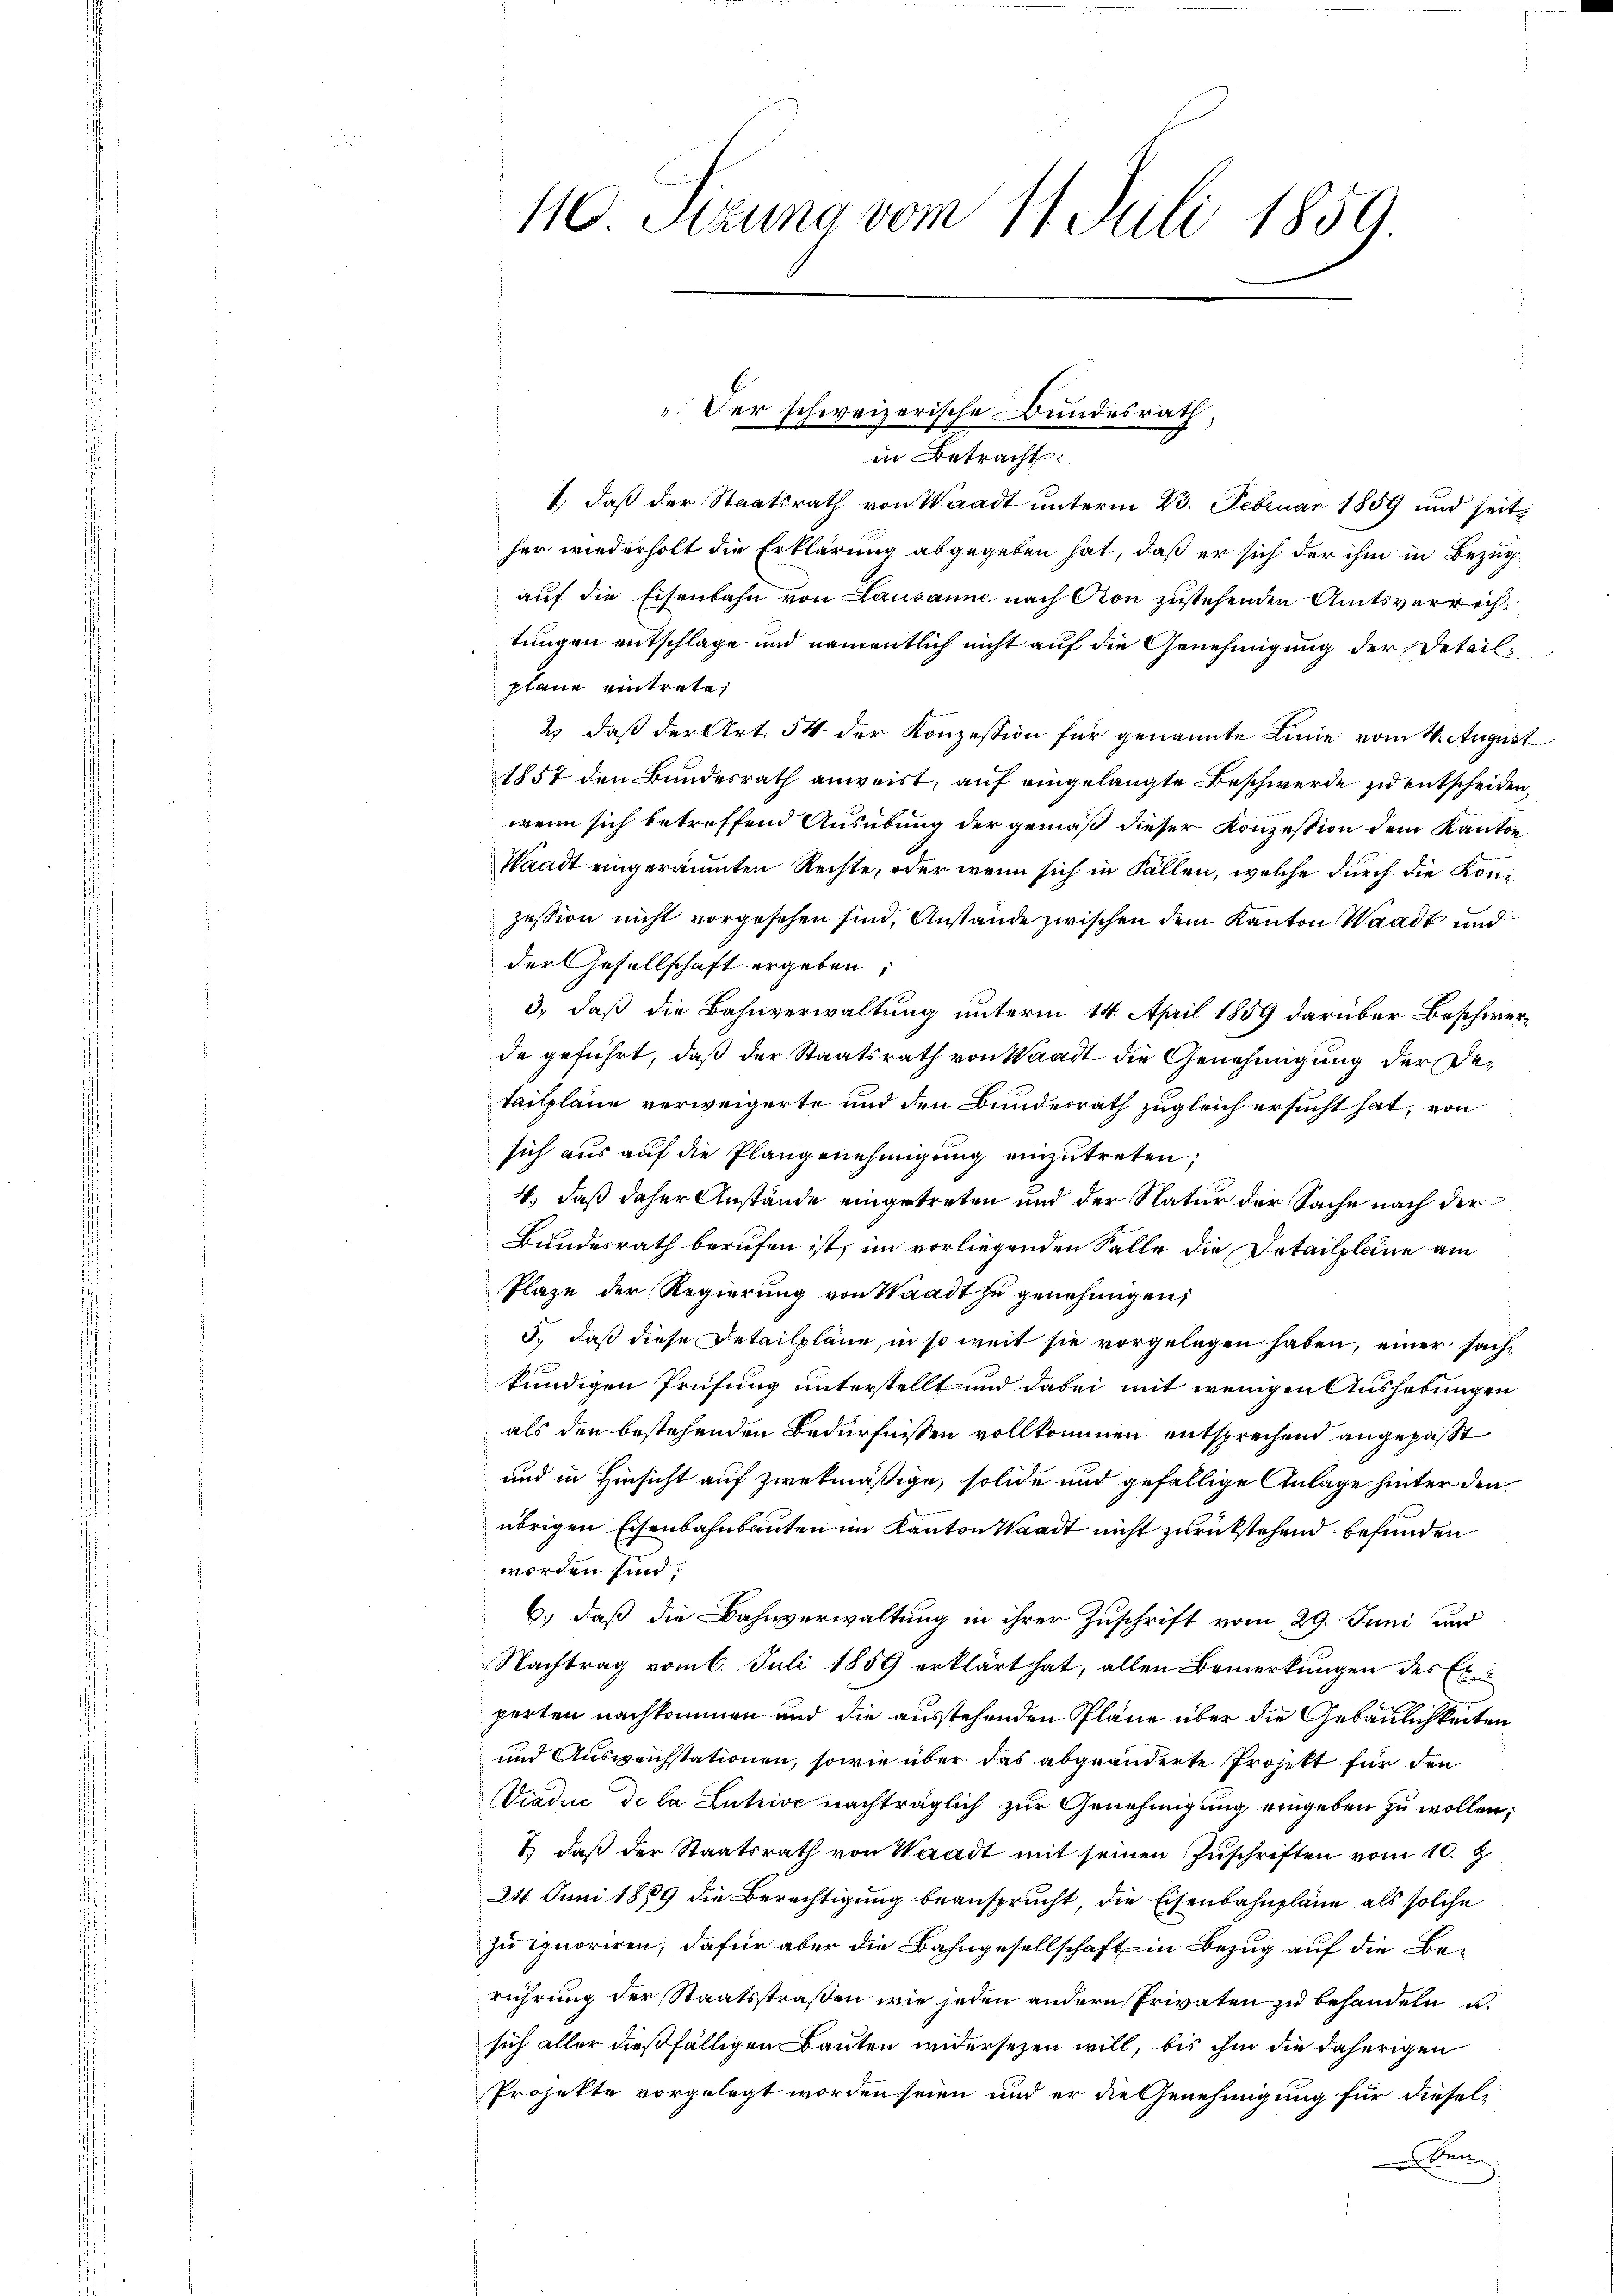
110. Pezuna vom 11. Juli 1859.

Der schweizerische Bundesrath
in Betracht:

1, daß der Staatsrath von Waadt unterm 23. Februar 1859 und seither wiederholt die Erklärung abgegeben hat, daß er sich der ihm in Bezugauf die Eisenbahn von Lausanne nach Pion zustehenden Amtsverrichtungen entschlage und namentlich nicht auf die Genehmigung der Detail
plane eintrete
2) daß der Art. 54 der Konzession für genannte Linie vom 1. August
1857 den Bundesrath anweist, auf eingelangte Beschwerde zu entscheiden,
wenn sich betreffend Ausübung der gemäß dieser Konzession dem Kanton
Waadt eingeräumten Rechte, oder wenn sich in Fällen, welche durch die Konzession nicht vorgesehen sind, Anstände zwischen dem Kanton Waadt und
der Gesellschaft ergeben:
3), daß die Bahnverwaltung unterm 14. April 1859 darüber Beschwerde geführt, daß der Staatsrath von Waadt die Genehmigung der Detailpläne verweigerte und den Bundesrath zugleich ersucht hat, von
sich aus auf die Plangenehmigung einzutreten;
4., daß daher Anstände eingetreten und der Natur der Sache nach der
Bundesrath berufen ist, im vorliegenden Salle die Detailpleine am
Plaze der Regierung von Waadt zu genehmigen,
5., daß diese Detailpläne, in so weit sie vorgelegen haben, einer sachkundigen Prüfung unterstellt und dabei mit wenigen Aushebungen
als den bestehenden Bedürfnissen vollkommen entsprechend angepaßt
und in Hinsicht auf zwekmäßige, solide und gefällige Anlage hinter den
übrigen Eisenbahnbauten im Kanton Waadt nicht zurückstehend befunden
worden sind:
6.) daß die Bahnverwaltung in ihrer Zuschrift vom 29. Juni und
Nachtrag vom 6. Juli 1859 erklärt hat, allen Bemerkŭngen des Experten nachkommen und die ausstehenden Pläne über die Gebäulichkeiten
und Ausweichstationen, sowie über das abgeänderte Projekt für den
Viadue de la Lutrive nachträglich zur Genehmigung eingeben zu wollen;
1) daß der Staatsrath von Waadt mit seinen Zuschriften vom 10. J
24. Juni 1889 die Berechtigung beansprucht, die Eisenbahnpläne als solche
zu ignoriren, dafür aber die Bahngesellschaft in Bezug auf die Berührung der Staatsstraßen wie jeden andern Privaten zu behandeln u.
sich aller dießfälligen Bauten widersezen will, bis ihm die daherigen
Projekte vorgelegt worden seien und er die Genehmigung für diesele